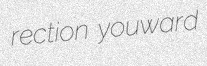
rection youward